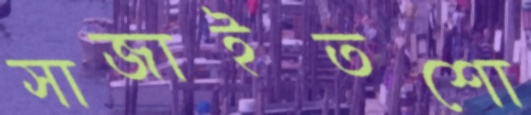
সাজাইতশো